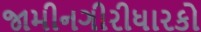
જામીનગીરીધારકો